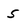
Character: 5